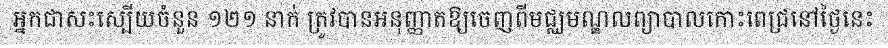
អ្នកជាសះស្បើយចំនួន ១២១ នាក់ ត្រូវបានអនុញ្ញាតឱ្យចេញពីមជ្ឈមណ្ឌលព្យាបាលកោះពេជ្រនៅថ្ងៃនេះ